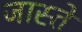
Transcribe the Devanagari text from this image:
जास्ते